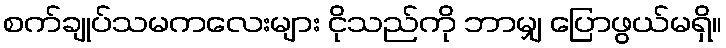
စက်ချုပ်သမကလေးများ ငိုသည်ကို ဘာမျှ ပြောဖွယ်မရှိ။